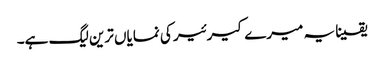
یقینا یہ میرے کیرئیر کی نمایاں ترین لیگ ہے۔